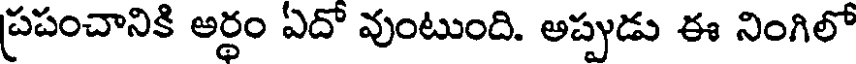
ప్రపంచానికి అర్ధం ఏదో వుంటుంది. అప్పుడు ఈ నింగిలో